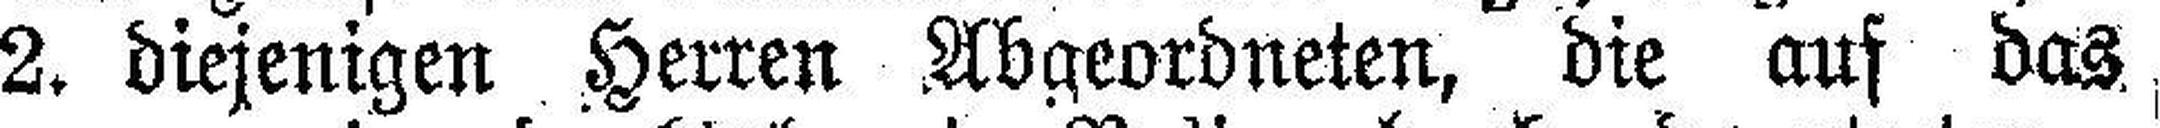
2. diejenigen Herren Abgeordneten, die aus das